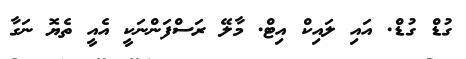
ގުޑް ގުޑް. އައި ލައިކް އިޓް. މާލޭ ރަސްފަންނަކީ އެއީ ތެޔޮ ނަގާ